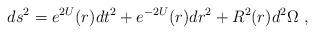
LaTeX: \begin{align*}ds^2 = e^{2U}(r) dt^2 + e^{-2U}(r) dr^2 + R^2 (r) d^2 \Omega \ ,\end{align*}